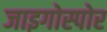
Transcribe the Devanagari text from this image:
जाइगोस्पोर